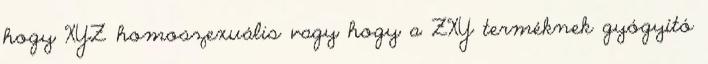
hogy XYZ homoszexuális vagy hogy a ZXY terméknek gyógyító